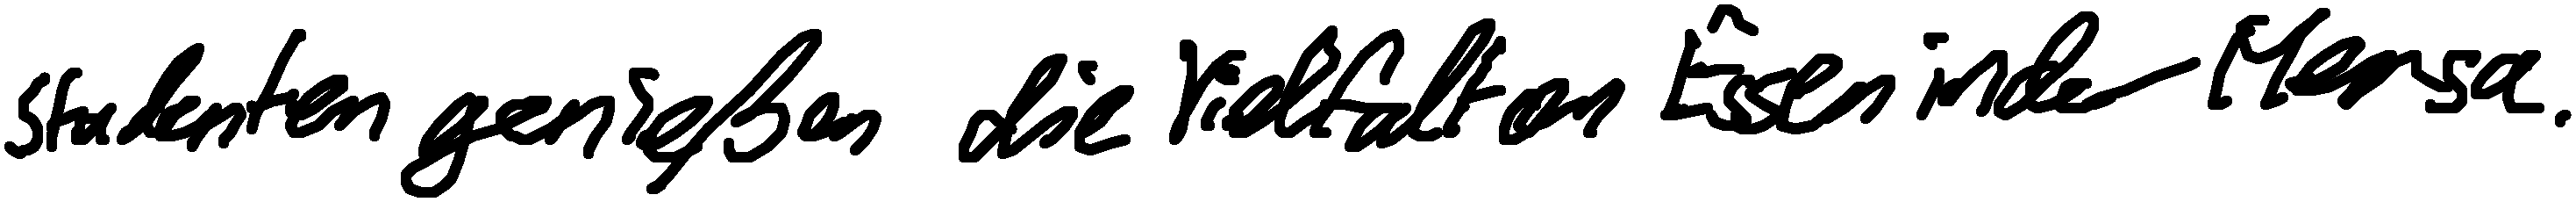
Studenten genießen die Vielfalt an Essen in der Mensa.